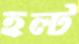
হল্ট